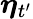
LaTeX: \boldsymbol\eta_{t^{\prime}}